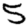
Digit: 5